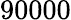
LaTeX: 90000